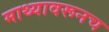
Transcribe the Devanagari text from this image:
माथ्यावरूनच